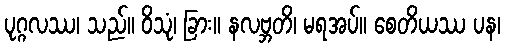
ပုဂ္ဂလဿ၊ သည်။ ဝိသုံ၊ ခြား။ နလဗ္ဘတိ၊ မရအပ်။ စေတိယဿ ပန၊